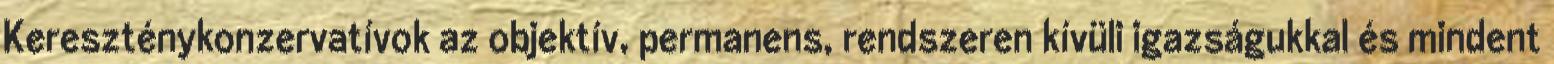
Kereszténykonzervatívok az objektív, permanens, rendszeren kívüli igazságukkal és mindent